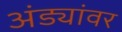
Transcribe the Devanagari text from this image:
अंड्यांवर